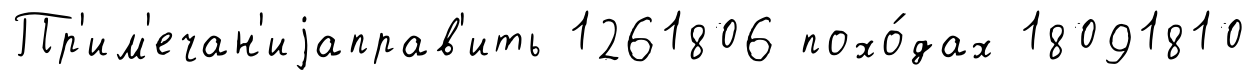
Пр'им'ечан'иjаправ'ить 1261806 похо́дах 18091810